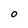
Character: O